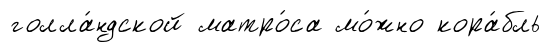
голла́ндской матро́са мо́жно кора́бль